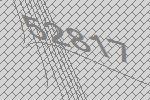
52817